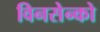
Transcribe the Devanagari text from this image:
विनसेन्को